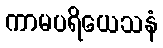
ကာမပရိယေသနံ